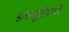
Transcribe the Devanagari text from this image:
डब्ल्यूटीएची